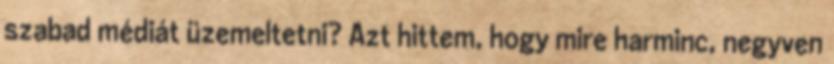
szabad médiát üzemeltetni? Azt hittem, hogy mire harminc, negyven